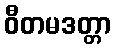
ဝီတမဒတ္တာ